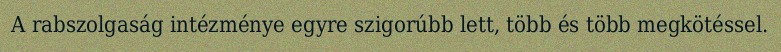
A rabszolgaság intézménye egyre szigorúbb lett, több és több megkötéssel.